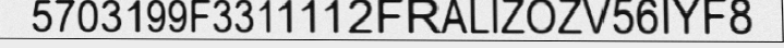
5703199F3311112FRALIZOZV56IYF8